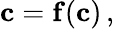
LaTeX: \begin{array}{r}{\mathbf{c}=\mathbf{f}(\mathbf{c})\, ,}\end{array}